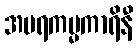
အပရကမ္မကာရိနီ